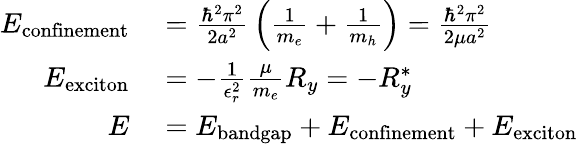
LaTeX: \begin{array}{rl}{E_{\textrm{confinement}}}&{{}={\frac{\hbar^{2}\pi^{2}}{2a^{2}}}\left({\frac{1}{m_{e}}}+{\frac{1}{m_{h}}}\right)={\frac{\hbar^{2}\pi^{2}}{2\mu a^{2}}}}\\ {E_{\textrm{exciton}}}&{{}=-{\frac{1}{\epsilon_{r}^{2}}}{\frac{\mu}{m_{e}}}R_{y}=-R_{y}^{*}}\\ {E}&{{}=E_{\textrm{bandgap}}+E_{\textrm{confinement}}+E_{\textrm{exciton}}}\end{array}